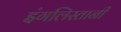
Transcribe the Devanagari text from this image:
इंगलिस्तानी